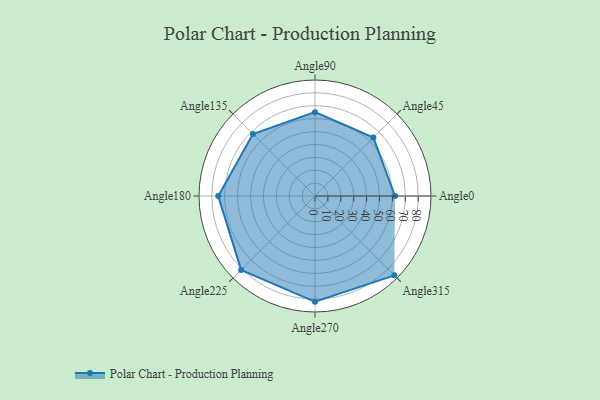
{"axis": {"x": "Angle", "y": "Radius"}, "legend": [""], "data": [{"x": "Angle0", "y": 62.0, "type": ""}, {"x": "Angle45", "y": 64.0, "type": ""}, {"x": "Angle90", "y": 65.0, "type": ""}, {"x": "Angle135", "y": 68.0, "type": ""}, {"x": "Angle180", "y": 75.0, "type": ""}, {"x": "Angle225", "y": 81.0, "type": ""}, {"x": "Angle270", "y": 82.0, "type": ""}, {"x": "Angle315", "y": 87.0, "type": ""}]}